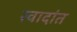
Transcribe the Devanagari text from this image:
स्वादांत